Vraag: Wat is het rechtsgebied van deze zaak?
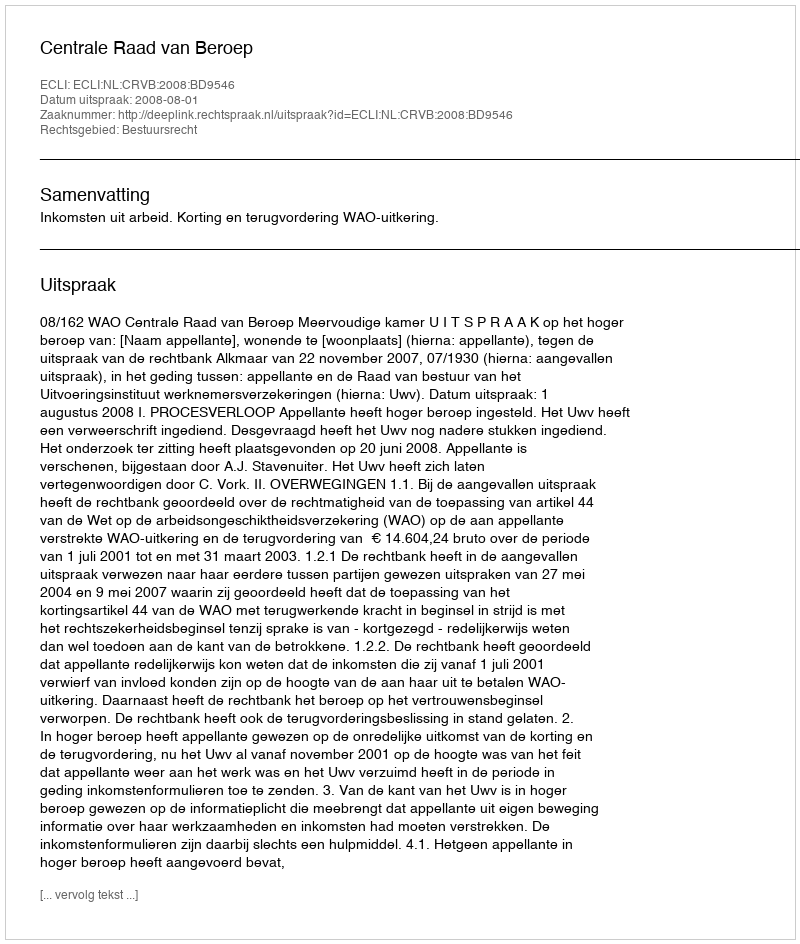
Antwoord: Bestuursrecht